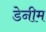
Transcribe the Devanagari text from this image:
डेनीम